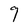
Character: 9